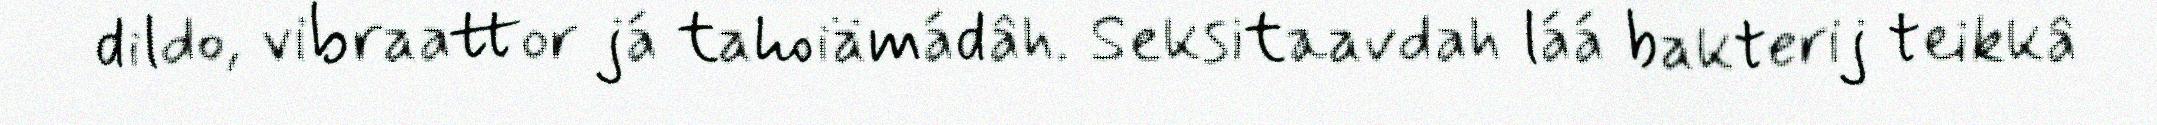
dildo, vibraattor já tahoiämádâh. Seksitaavdah láá bakterij teikkâ